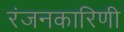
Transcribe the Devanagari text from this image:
रंजनकारिणी